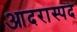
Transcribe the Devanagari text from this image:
आदरास्पद